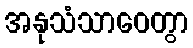
အနုသံသာဝေတွာ